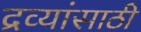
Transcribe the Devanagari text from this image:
द्रव्यांसाठी